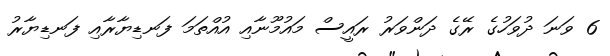
6 ވަނަ ދުވަހުގެ ރޭގެ ދަންވަރު ރައީސް މައުމޫނާއި އުއްތަމަ ފަނޑިޔާރާއި ފަނޑިޔާރު